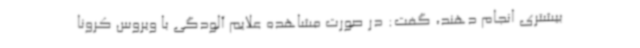
بیشتری انجام دهند، گفت: در صورت مشاهده علایم آلودگی با ویروس کرونا